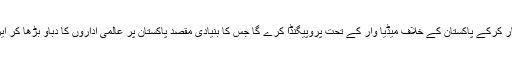
پھر انہی لوگوں کو بھارت گرفتار کرکے پاکستان کے خلاف میڈیا وار کے تحت پروپیگنڈا کرے گا جس کا بنیادی مقصد پاکستان پر عالمی اداروں کا دباو بڑھا کر ایران طرز کی پابندیاں لگوانا ہے۔